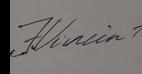
Signature authenticity: genuine